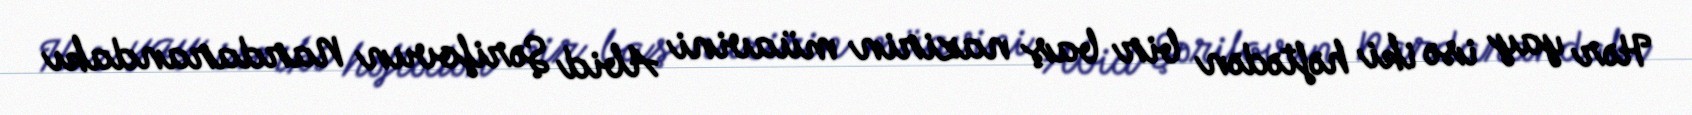
Hər yay isə iki həftədən bir baş nazirin müavini Abid Şərifovun Nardarandakı